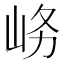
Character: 𱛚